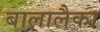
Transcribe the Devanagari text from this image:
बालालैका